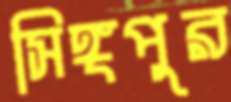
সিঙ্গপুর